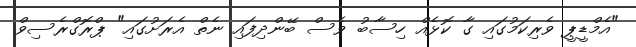
"އެމްޑީޕީ ވެރިކަމުގައި ގާ ކޮޅެއް ހިސާބު ވެސް ބޭންދިފައި ނެތް އެރަށުގައި" ޕްރޮގްރެސިވް